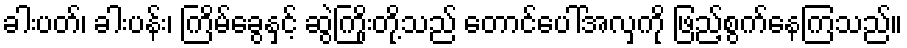
ခါးပတ်၊ ခါးပန်း၊ ကြိမ်ခွေနှင့် ဆွဲကြိုးတို့သည် တောင်ပေါ်အလှကို ဖြည့်စွက်နေကြသည်။